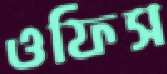
ওফিস